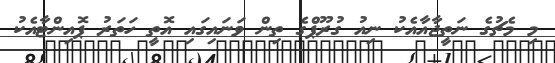
މި މެޗުގެ ނަތީޖާއާއެކު ނިއު ގުރޫޕްގެ ތިން ވަނައިގައި އޮތީ ހަތަރު ޕޮއިންޓާއެކު